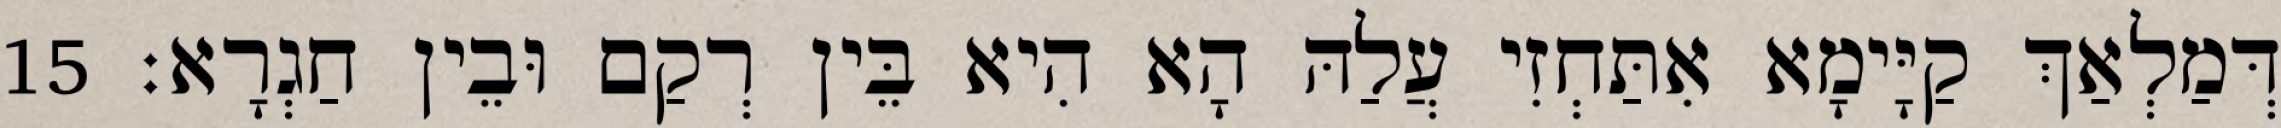
דְּמַלְאַךְ קַיָּימָא אִתַּחְזִי עֲלַהּ הָא הִיא בֵּין רְקַם וּבֵין חַגְרָא׃ 15